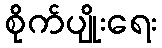
စိုက်ပျိုးရေး